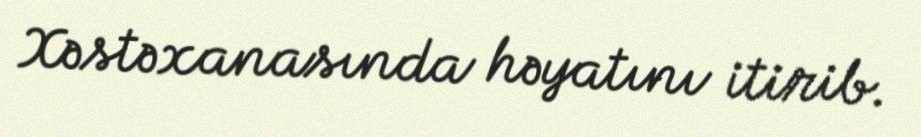
Xəstəxanasında həyatını itirib.